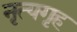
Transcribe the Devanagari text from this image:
नृत्यगृह